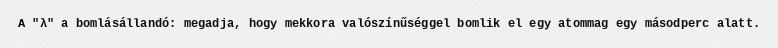
A "λ" a bomlásállandó: megadja, hogy mekkora valószínűséggel bomlik el egy atommag egy másodperc alatt.